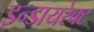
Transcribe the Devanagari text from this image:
इन्डायरेक्ट